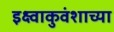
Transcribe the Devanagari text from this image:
इक्ष्वाकुवंशाच्या